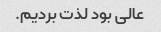
عالی بود لذت بردیم.